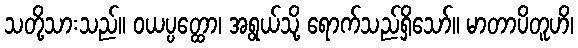
သတို့သားသည်။ ဝယပ္ပတ္ထော၊ အရွယ်သို့ ရောက်သည်ရှိသော်။ မာတာပိတူဟိ၊